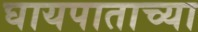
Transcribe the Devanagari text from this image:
घायपाताच्या